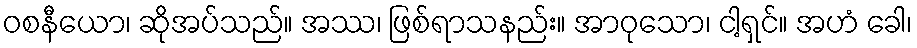
ဝစနီယော၊ ဆိုအပ်သည်။ အဿ၊ ဖြစ်ရာသနည်း။ အာဝုသော၊ ငါ့ရှင်။ အဟံ ခေါ၊